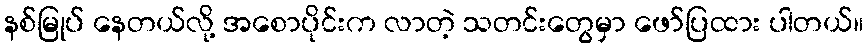
နစ်မြုပ် နေတယ်လို့ အစောပိုင်းက လာတဲ့ သတင်းတွေမှာ ဖော်ပြထား ပါတယ်။